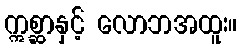
ဣစ္ဆာနှင့် လောဘအထူး။